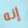
إنه